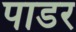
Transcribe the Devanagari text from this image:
पाडर